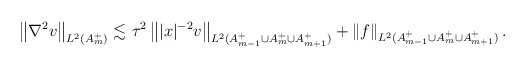
\begin{align*}\left\| \nabla^2 v \right\|_{L^2(A_m^+)} \lesssim &\ \tau^2 \left\| |x|^{-2} v \right\|_{L^2(A_{m-1}^+\cup A_m^+ \cup A_{m+1}^+)} + \left\| f \right\|_{L^2(A_{m-1}^+\cup A_m^+ \cup A_{m+1}^+)}.\end{align*}